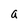
Character: a